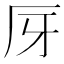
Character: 厊